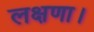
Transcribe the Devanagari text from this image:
लक्षणा।